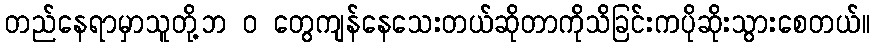
တည်နေရာမှာသူတို့ဘ ၀ တွေကျန်နေသေးတယ်ဆိုတာကိုသိခြင်းကပိုဆိုးသွားစေတယ်။